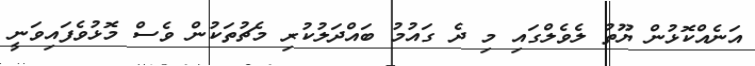
އަނެއްކޮޅުން ޔޫތު ލެވެލްގައި މި ދެ ގައުމު ބައްދަލުކުރި މެޗުތަކުން ވެސް މޮޅުވެފައިވަނީ